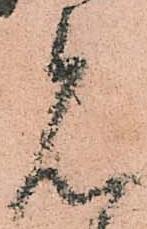
見